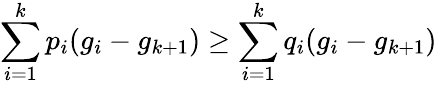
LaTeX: \sum_{i=1}^{k}p_{i}(g_{i}-g_{k+1})\geq\sum_{i=1}^{k}q_{i}(g_{i}-g_{k+1})